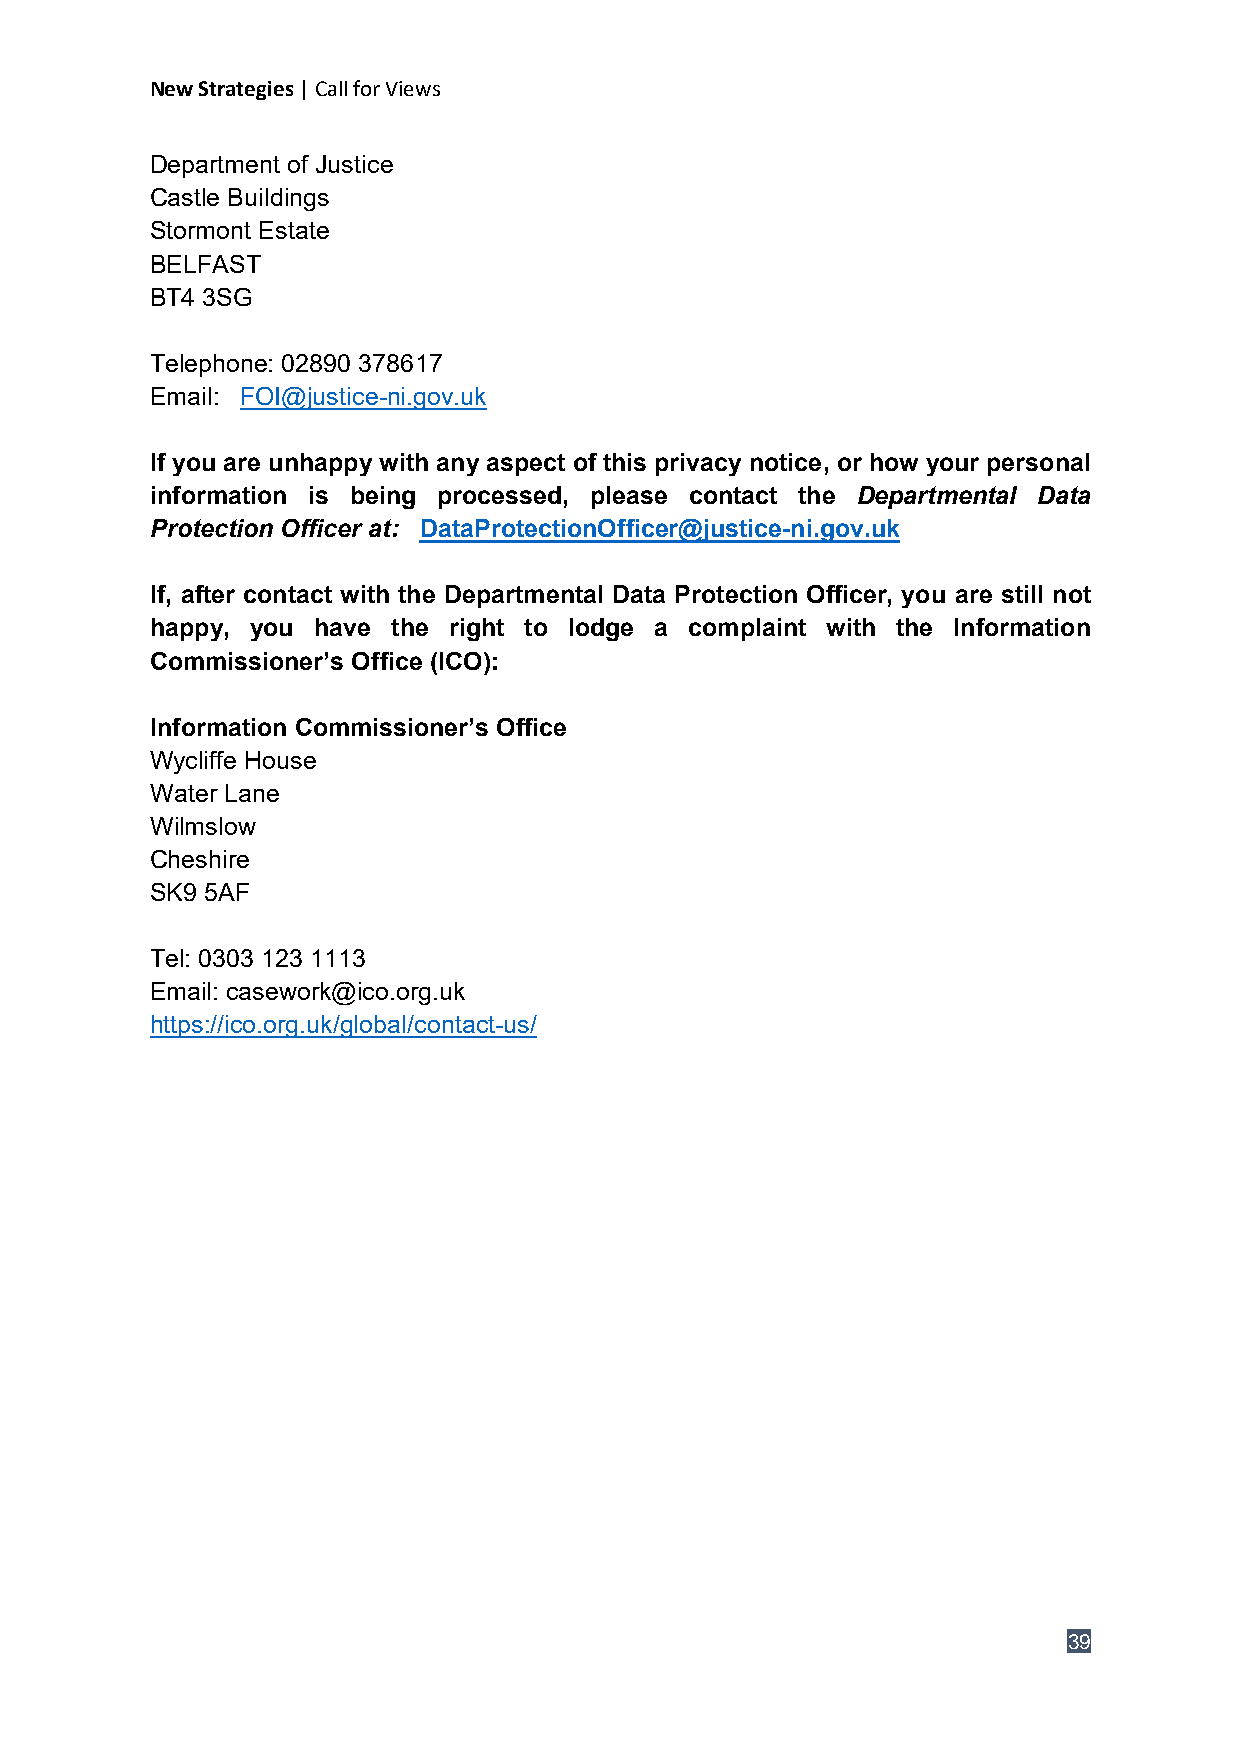
New Strategies | Call for Views
 Department of Justice
 Castle Buildings
 Stormont Estate
 BELFAST
 BT4 3SG
 Telephone: 02890 378617
 Email: FOI@justice-ni.gov.uk
 If you are unhappy with any aspect of this privacy notice, or how your personal
 information is being processed, please contact the Departmental Data
 Protection Officer at: DataProtectionOfficer@justice-ni.gov.uk
 If, after contact with the Departmental Data Protection Officer, you are still not
 happy, you have the right to lodge a complaint with the Information
 Commissioner’s Office (ICO):
 Information Commissioner’s Office
 Wycliffe House
 Water Lane
 Wilmslow
 Cheshire
 SK9 5AF
 Tel: 0303 123 1113
 Email: casework@ico.org.uk
 https://ico.org.uk/global/contact-us/
 39